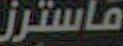
ماسترز